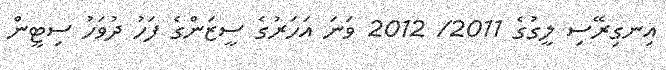
އިނގިރޭސި ލީގުގެ 2011/ 2012 ވަނަ އަހަރުގެ ސީޒަންގެ ފަހު ދުވަހު ސިޓީން